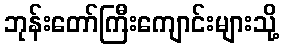
ဘုန်းတော်ကြီးကျောင်းများသို့